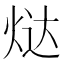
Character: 𬊉